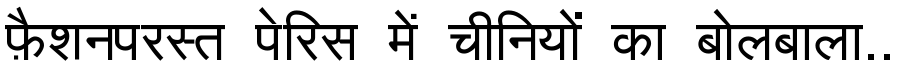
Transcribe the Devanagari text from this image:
फ़ैशनपरस्त पेरिस में चीनियों का बोलबाला..